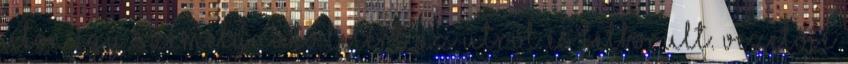
úton egy személyautó letért az útról és felborult. Vezetője